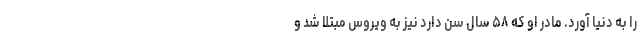
را به دنیا آورد. مادر او که ۵۸ سال سن دارد نیز به ویروس مبتلا شد و